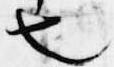
也